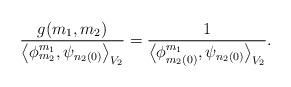
LaTeX: \begin{align*}\frac{g(m_1,m_2)}{\big\langle \phi_{m_2}^{m_1}, \psi_{n_2(0)}\big\rangle _{ V_2}}=\frac{1}{\big\langle \phi_{m_2(0)}^{m_1}, \psi_{n_2(0)}\big\rangle _{ V_2}}.\end{align*}